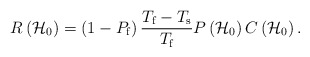
\begin{align*}R\left({\mathcal{H}}_{0}\right) =\left(1-{P}_{\mathrm{f}}\right) \frac {{T}_{ \mathrm{f}}-{T}_{\mathrm{s}}}{{T}_{\mathrm{f}}} P\left({\mathcal{H}}_{0}\right) C\left({\mathcal{H}}_{0}\right). \end{align*}